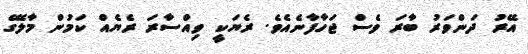
އޭރު ދަންވަރު ބާރަ ވެސް ޖަހާފާނެއެވެ. ރެޔަކީ ވިއްސާރަ ރެޔެއް ކަމުން މާލޭގެ